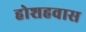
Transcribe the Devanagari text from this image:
होशहवास